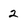
Character: 2